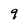
Character: 9